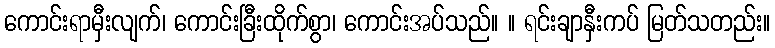
ကောင်းရာမှီးလျက်၊ ကောင်းခြီးထိုက်စွာ၊ ကောင်းအပ်သည်။ ။ ရင်းချာနှီးကပ် မြတ်သတည်း။